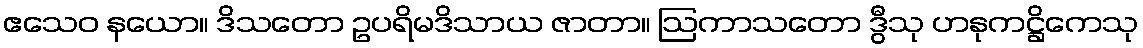
ဧသေဝ နယော။ ဒိသတော ဥပရိမဒိသာယ ဇာတာ။ ဩကာသတော ဒွီသု ဟနုကဋ္ဌိကေသု